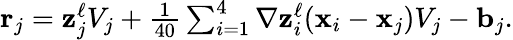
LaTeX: \begin{array}{r}{{\mathbf r}_{j}={\mathbf z}_{j}^{\ell}V_{j}+\frac{1}{40}\sum_{i=1}^{4}\nabla{\mathbf z}_{i}^{\ell}({\mathbf x}_{i}-{\mathbf x}_{j})V_{j}-{\mathbf b}_{j}.}\end{array}